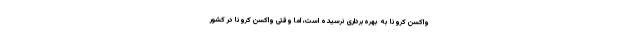
واکسن کرونا به بهره‌برداری نرسیده است، اما وقتی واکسن کرونا در کشور